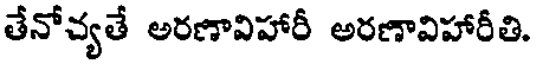
తేనోచ్యతే అరణావిహారీ అరణావిహారీతి.